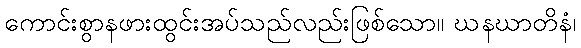
ကောင်းစွာနဖားထွင်းအပ်သည်လည်းဖြစ်သော။ ဃနဃာတိနံ၊